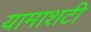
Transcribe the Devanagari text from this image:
यामाशटी